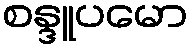
စန္ဒူပမော